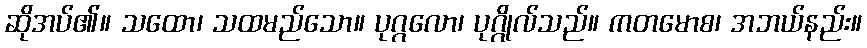
ဆိုအပ်၏။ သထော၊ သထမည်သော။ ပုဂ္ဂလော၊ ပုဂ္ဂိုလ်သည်။ ကတမောစ၊ အဘယ်နည်း။